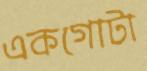
একগোটা